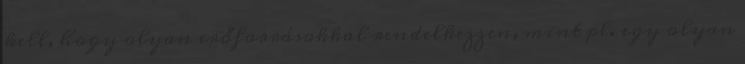
kell, hogy olyan erőforrásokkal rendelkezzen, mint pl. egy olyan